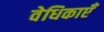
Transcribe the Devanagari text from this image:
वेधिकाएँ